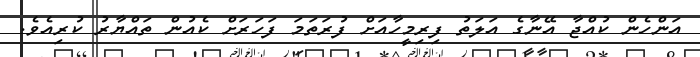
އަންހެން ކުއްޖާ އޭނާގެ އަލަތު ފިރިމީހާއަށް ފުރަތަމަ ފަހަރަށް ކެއުން ތައްޔާރު ކުރިއެވެ.